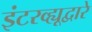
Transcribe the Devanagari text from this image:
इंटरव्ह्यूद्वारे